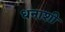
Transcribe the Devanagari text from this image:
धनाशी